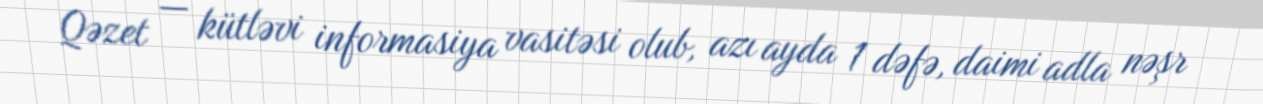
Qəzet — kütləvi informasiya vasitəsi olub, azı ayda 1 dəfə, daimi adla nəşr